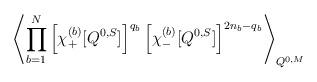
LaTeX: \begin{align*}\left\langle \prod_{b=1}^N\left[\chi^{(b)}_+ [ Q^{0,S} ] \right]^{q_b}\left[\chi^{(b)}_- [ Q^{0,S} ] \right]^{2n_b-q_b}\right\rangle_{Q^{0,M}}\end{align*}